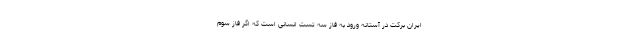
ایران برکت در آستانه ورود به فاز سه تست انسانی است که اگر فاز سوم